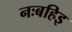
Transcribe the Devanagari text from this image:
नःबहिइ